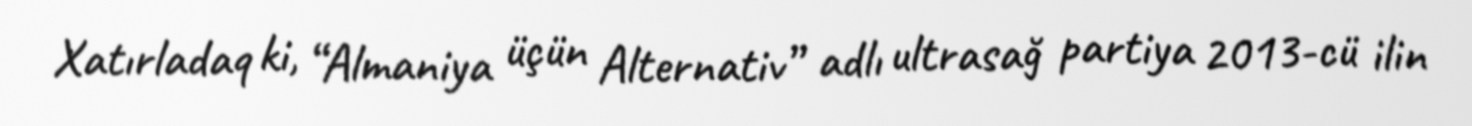
Xatırladaq ki, “Almaniya üçün Alternativ” adlı ultrasağ partiya 2013-cü ilin